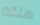
هناك